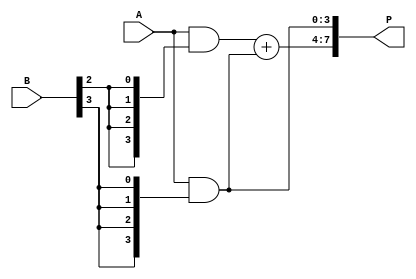
module unfolded_wallace_tree_multiplier #(parameter N = 4) (
    input  wire [N-1:0] A, // Multiplicand
    input  wire [N-1:0] B, // Multiplier
    output wire [2*N-1:0] P // Product
);

    // Partial product generation
    wire [N-1:0] pp [0:N-1]; // Partial products
    genvar i, j;
    generate
        for (i = 0; i < N; i = i + 1) begin : pp_gen
            assign pp[i] = A & {N{B[i]}}; // AND operation to generate partial products
        end
    endgenerate

    // Wallace tree reduction
    wire [N-1:0] sum [0:N-1]; // Sums at each stage
    wire [N-1:0] carry [0:N-1]; // Carries at each stage

    // Stage 1: Combine partial products
    generate
        for (i = 0; i < N; i = i + 1) begin : stage1
            if (i < N-1) begin
                assign {carry[i], sum[i]} = pp[i] + pp[i+1]; // Half adder for two bits
            end else begin
                assign sum[i] = pp[i]; // Last partial product
                assign carry[i] = 0; // No carry for the last
            end
        end
    endgenerate

    // Stage 2: Combine sums and carries
    wire [N-1:0] sum2 [0:N-1];
    wire [N-1:0] carry2 [0:N-1];

    generate
        for (i = 0; i < N; i = i + 1) begin : stage2
            if (i < N-2) begin
                assign {carry2[i], sum2[i]} = sum[i] + sum[i+1] + carry[i]; // Full adder for three bits
            end else begin
                assign sum2[i] = sum[i]; // Last sum
                assign carry2[i] = carry[i]; // Last carry
            end
        end
    endgenerate

    // Final addition
    wire [N-1:0] final_sum;
    wire final_carry;

    assign {final_carry, final_sum} = sum2[0] + sum2[1] + carry2[0]; // Final addition of two rows

    // Final product assembly
    assign P = {final_carry, final_sum, sum2[2], sum2[3]}; // Concatenate results

endmodule